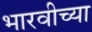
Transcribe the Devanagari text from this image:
भारवीच्या